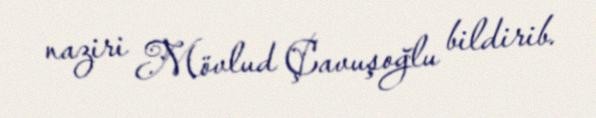
naziri Mövlud Çavuşoğlu bildirib.